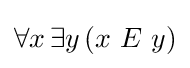
\forall x\,\exists y\,(x\ E\ y)